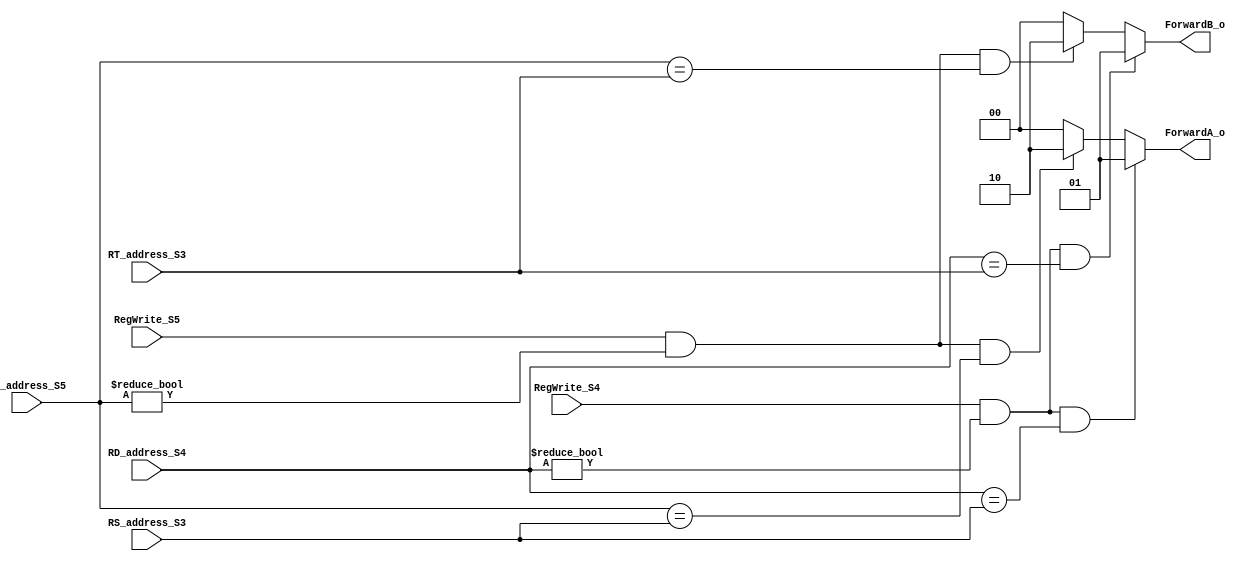
// 109550182

module Forwarding (RS_address_S3, RT_address_S3, RD_address_S4, RD_address_S5, RegWrite_S4, RegWrite_S5, ForwardA_o, ForwardB_o);

// I/O ports
input [5-1:0] RS_address_S3, RT_address_S3, RD_address_S4, RD_address_S5;
input RegWrite_S4, RegWrite_S5;
output reg [2-1:0] ForwardA_o, ForwardB_o;

always @(*) begin

    if (RegWrite_S4 && (RD_address_S4 != 0) && (RD_address_S4 == RS_address_S3))
        ForwardA_o = 2'b01;
    else if (RegWrite_S5 && (RD_address_S5 != 0) && (RD_address_S5 == RS_address_S3)) 
        ForwardA_o = 2'b10;
    else  
        ForwardA_o = 2'b00;

    if (RegWrite_S4 && (RD_address_S4 != 0) && (RD_address_S4 == RT_address_S3))
        ForwardB_o = 2'b01;
    else if (RegWrite_S5 && (RD_address_S5 != 0) && (RD_address_S5 == RT_address_S3)) 
        ForwardB_o = 2'b10;
    else  
        ForwardB_o = 2'b00;

end
endmodule